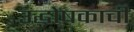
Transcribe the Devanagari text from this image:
उद्घोषकाची